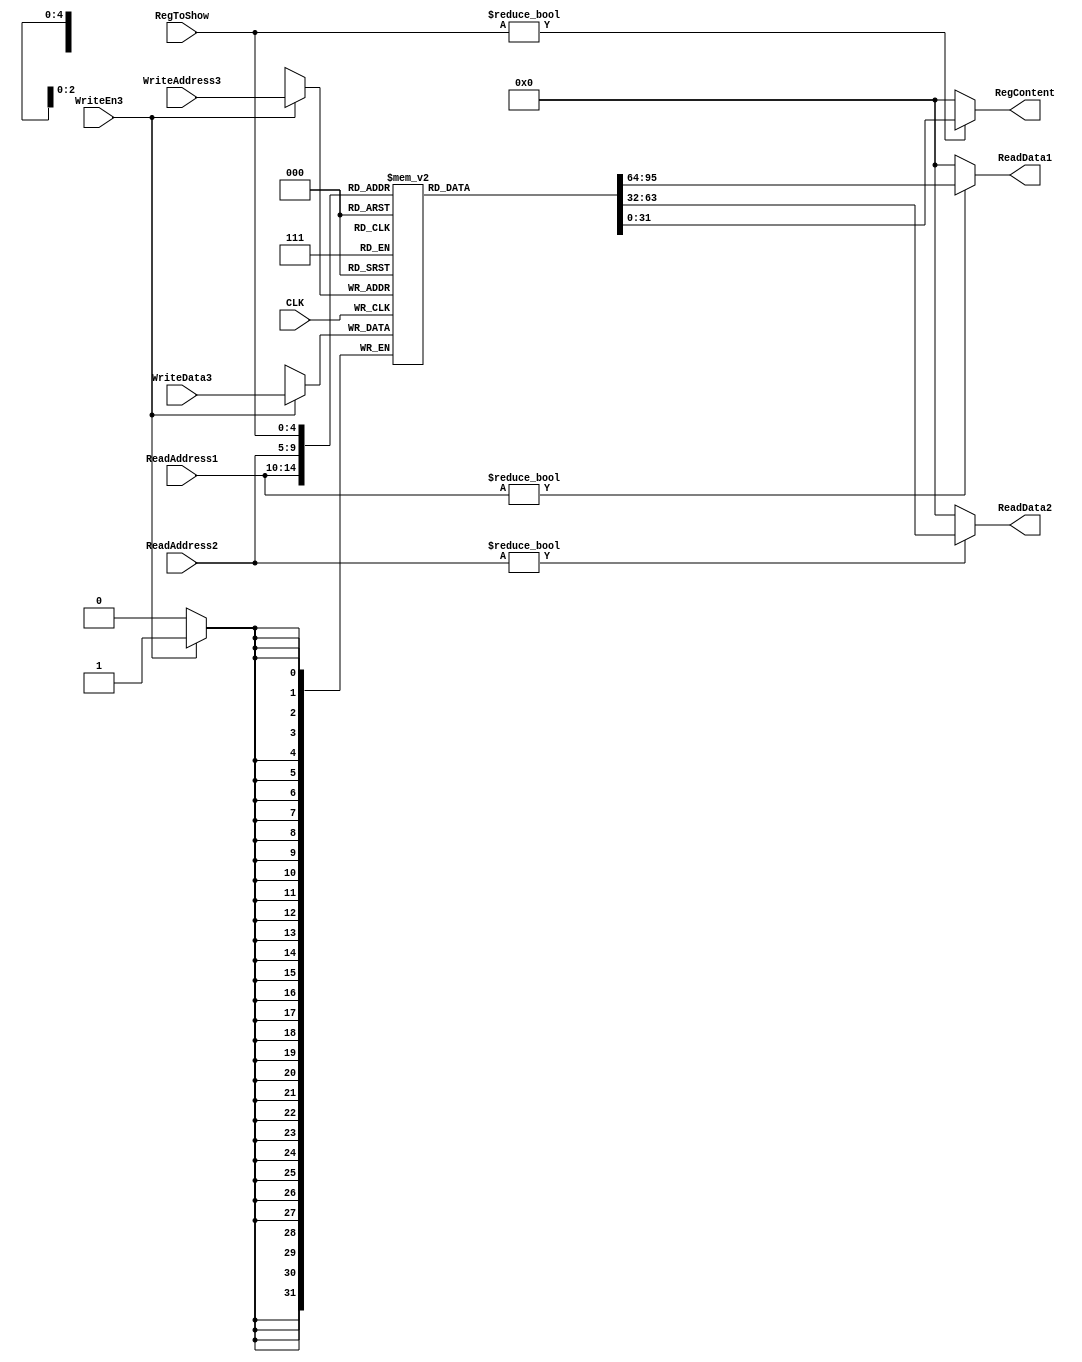
`timescale 1ns / 1ps
//////////////////////////////////////////////////////////////////////////////////
// Company: 
// Engineer: 
// 
// Design Name: 
// Module Name: regFile
// Project Name: 
// Target Devices: 
// Tool Versions: 
// Description: 
// 
// Dependencies: 
// 
// Revision:
// Revision 0.01 - File Created
// Additional Comments:
// 
//////////////////////////////////////////////////////////////////////////////////


module regFile(CLK, WriteEn3, ReadAddress1, ReadAddress2, WriteAddress3, WriteData3, 
				ReadData1, ReadData2, RegToShow, RegContent);
	input CLK; //clock
	input WriteEn3; //write enable 
	input [4:0] ReadAddress1; //readAddress1
	input [4:0] ReadAddress2; //readAddress2
	input [4:0] WriteAddress3; // writeAddress3
	input [31:0] WriteData3; // writeData3
	output [31:0] ReadData1; //readData1
	output [31:0] ReadData2; //readData2
	input [4:0] RegToShow;
	output [31:0] RegContent;
	reg [31:0] REG[31:0];//32 32-bit registers;
	reg [6:0] j;
	initial
	begin
	    for (j = 0; j < 32; j = j + 1) 
	        REG[j] <= 0;
	end
	always @(posedge CLK)
		if(WriteEn3) REG[WriteAddress3] <= WriteData3;
	
	/* tips: $t0 always zero here, so if ReadAddress = 0, just return 0;
	 */
	assign ReadData1 = (ReadAddress1 != 0) ? REG[ReadAddress1] : 0;
	assign ReadData2 = (ReadAddress2 != 0) ? REG[ReadAddress2] : 0;
	assign RegContent = (RegToShow != 0) ? REG[RegToShow] : 0;

endmodule